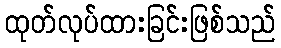
ထုတ်လုပ်ထားခြင်းဖြစ်သည်